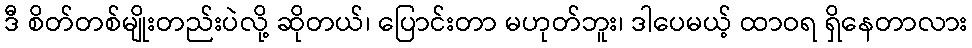
ဒီ စိတ်တစ်မျိုးတည်းပဲလို့ ဆိုတယ်၊ ပြောင်းတာ မဟုတ်ဘူး၊ ဒါပေမယ့် ထာဝရ ရှိနေတာလား